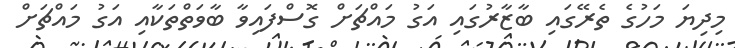
މިދިޔަ މަހުގެ ތެރޭގައި ބާޒާރުގައި އަގު މައްޗަށް ގޮސްފައިވާ ބާވަތްތަކާއި އަގު މައްޗަށް